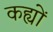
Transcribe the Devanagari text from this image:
कह्यों